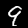
Digit: 9